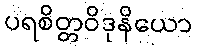
ပရစိတ္တဝိဒုနိယော